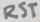
Text: RST